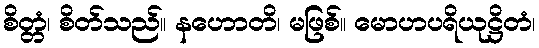
စိတ္တံ၊ စိတ်သည်။ နဟောတိ၊ မဖြစ်။ မောဟပရိယုဋ္ဌိတံ၊